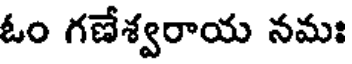
ఓం గణేశ్వరాయ నమః